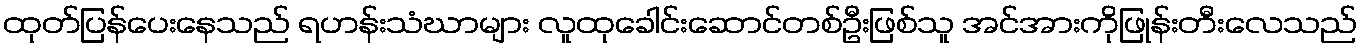
ထုတ်ပြန်ပေးနေသည် ရဟန်းသံဃာများ လူထုခေါင်းဆောင်တစ်ဦးဖြစ်သူ အင်အားကိုဖြုန်းတီးလေသည်